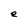
Character: e